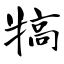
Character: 犒